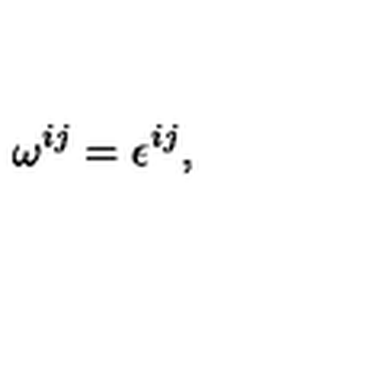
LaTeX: \omega ^ { i j } = \epsilon ^ { i j } ,